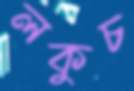
লকুচ